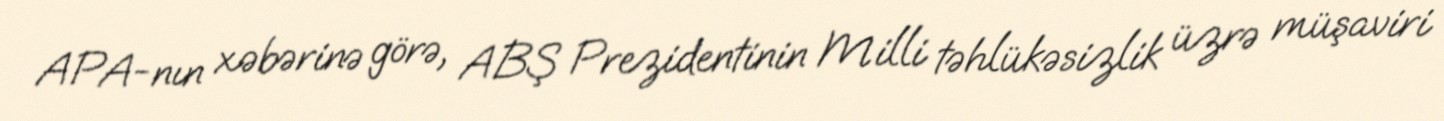
APA-nın xəbərinə görə, ABŞ Prezidentinin Milli təhlükəsizlik üzrə müşaviri